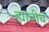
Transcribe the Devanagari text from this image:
ह्याचीच